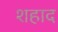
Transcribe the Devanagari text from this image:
शहाद